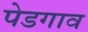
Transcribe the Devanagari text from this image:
पेडगाव